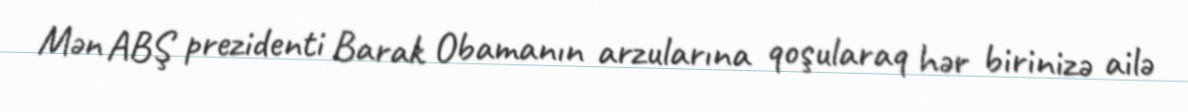
Mən ABŞ prezidenti Barak Obamanın arzularına qoşularaq hər birinizə ailə